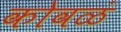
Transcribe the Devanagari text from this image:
कोवळं